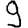
Digit: 9